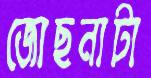
জোছনাটা